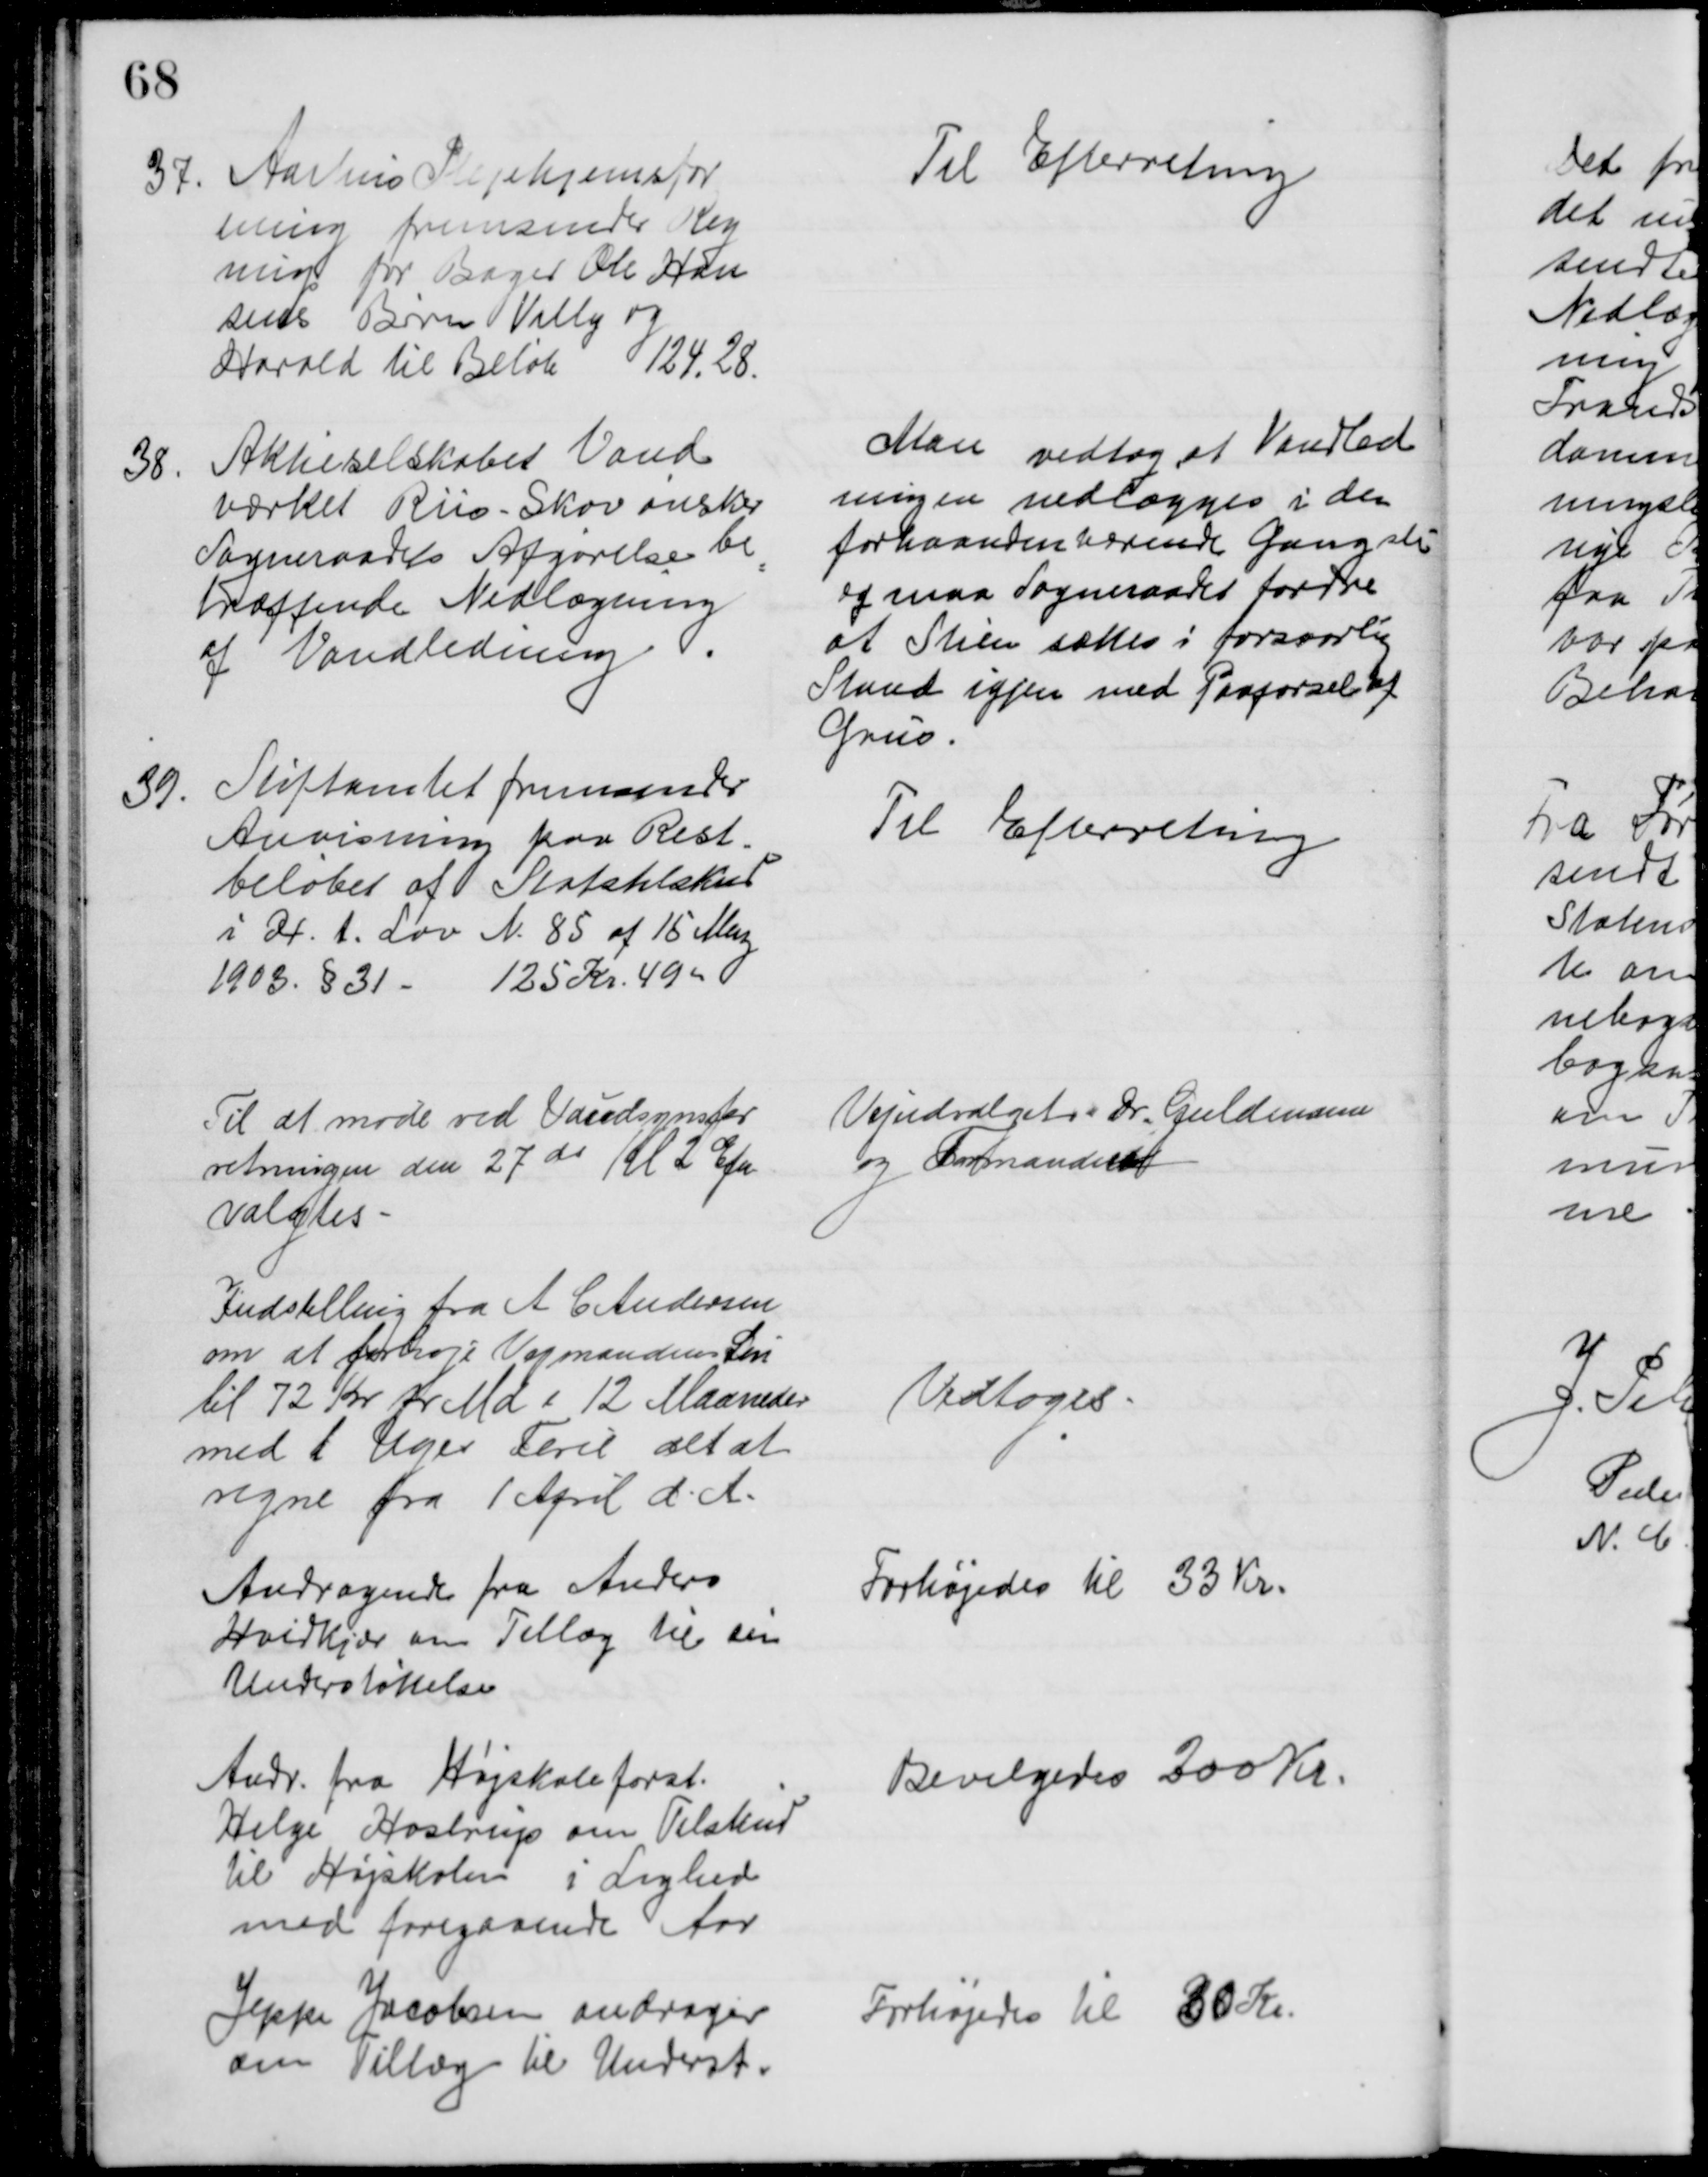
Transskription:
37. Aarhus Plejehjemsfor
ening fremsender Reg
ning for Bager Ole Han
sens Børn Villy og 
Harald til Beløb 124,28.
Til Efterretning
38.
Aktieselskabet Vand
værket Riis-Skov ønsker
Sogneraadets Afgørelse be
træffende Nedlægning
af Vandledning
Man vedtog at Vandled
ningen nedlægges i den 
forhaandenværende Gangsti
og maa Sogneraadet fordre 
at Stien sættes i forsvarlig
Stand igjen med Paaførsel af
Grus.
39.
Stiftamtet fremsender
Anvisning paa Rest-
beløbet af Statstilskud
i H. t. Lov N. 85 af 15 Maj
1903. § 31 - 125 Kr. 49 
Til Efterretning
Til at møde ved Vandsynsfor
retningen den 27 ds Kl 2 Efm
valgtes
Vejudvalgets Dr. Guldmann
og Formanden
Indstilling fra A C Andersen
om at forhøje Vejmandens Løn
til 72 Kr pr Md i 12 Maaneder
med 1 Uges Ferie alt at 
regne fra 1 April d. A.
Vedtoges
Andragende fra Anders
Hvidkjær om Tillæg til sin
Understøttelse
Forhøjedes til 33 Kr.
Andr. fra Højskoleforst.
Helge Hostrup om Tilskud
til Højskolen i Lighed
med foregaaende Aar
Bevilgedes 200 Kr.
Jeppe Jacobsen andrager
om Tillæg til Underst.
Forhøjedes til 30 Kr.